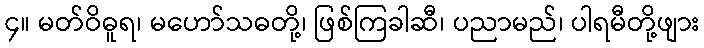
၄။ မတ်ဝိဓူရ၊ မဟော်သဓတို့၊ ဖြစ်ကြခါဆီ၊ ပညာမည်၊ ပါရမီတို့ဖျား